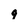
Character: g